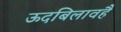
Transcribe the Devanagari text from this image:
ऊदबिलावहै